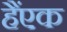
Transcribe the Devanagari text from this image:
हैंएक